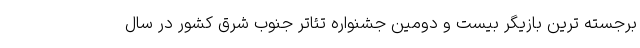
برجسته ترین بازیگر بیست و دومین جشنواره تئاتر جنوب شرق کشور در سال